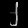
Digit: ၂